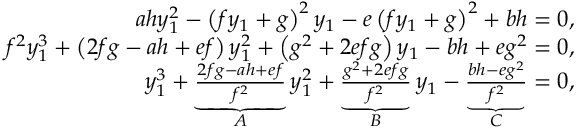
\begin{array} { r } { a h y _ { 1 } ^ { 2 } - \left( f y _ { 1 } + g \right) ^ { 2 } y _ { 1 } - e \left( f y _ { 1 } + g \right) ^ { 2 } + b h = 0 , } \\ { f ^ { 2 } y _ { 1 } ^ { 3 } + \left( 2 f g - a h + e f \right) y _ { 1 } ^ { 2 } + \left( g ^ { 2 } + 2 e f g \right) y _ { 1 } - b h + e g ^ { 2 } = 0 , } \\ { y _ { 1 } ^ { 3 } + \underbrace { \frac { 2 f g - a h + e f } { f ^ { 2 } } } _ { A } y _ { 1 } ^ { 2 } + \underbrace { \frac { g ^ { 2 } + 2 e f g } { f ^ { 2 } } } _ { B } y _ { 1 } - \underbrace { \frac { b h - e g ^ { 2 } } { f ^ { 2 } } } _ { C } = 0 , } \end{array}